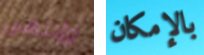
وإنتهى بالإمكان